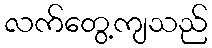
လက်တွေ့ကျသည်